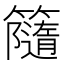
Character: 𥶻